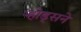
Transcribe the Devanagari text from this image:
र्‍होड्सने